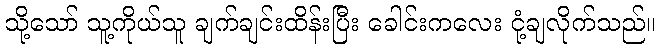
သို့သော် သူ့ကိုယ်သူ ချက်ချင်းထိန်းပြီး ခေါင်းကလေး ငုံ့ချလိုက်သည်။